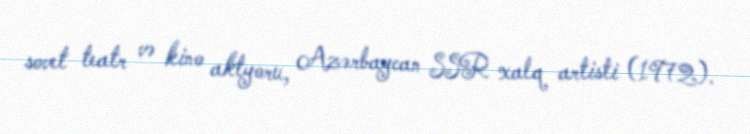
sovet teatr və kino aktyoru, Azərbaycan SSR xalq artisti (1972).